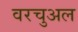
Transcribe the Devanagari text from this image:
वरचुअल